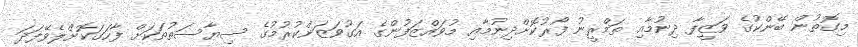
މިގޮތުން ބޭންކުގެ ވަޒީފާ ދިނުމާއި ތަމްރީނު ފޯރުކޮށްދިނުމާއި މުވައްޒަފުންގެ އަގުވަޒަންކުރުމުގެ ސިޔާސަތުތަކަށް ފާހަގަކޮށްލެވޭފަދަ